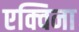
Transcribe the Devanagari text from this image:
एक्विना